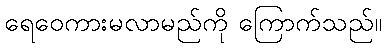
ရေဝေကားမလာမည်ကို ကြောက်သည်။